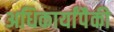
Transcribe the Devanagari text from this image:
अधिकार्यांपैकी